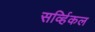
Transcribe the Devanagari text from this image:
सर्व्हिकल